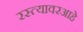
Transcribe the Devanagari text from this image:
रस्त्यावरआहे